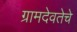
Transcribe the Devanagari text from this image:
ग्रामदेवतेचे